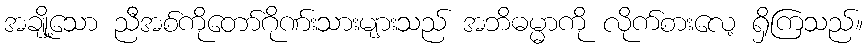
အချို့သော ညီအစ်ကိုတော်ဂိုဏ်းသားများသည် အဘိဓမ္မာကို လိုက်စားလေ့ ရှိကြသည်။